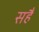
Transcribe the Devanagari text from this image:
सहैं